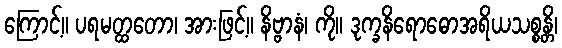
ကြောင့်။ ပရမတ္ထတော၊ အားဖြင့်။ နိဗ္ဗာနံ၊ ကို။ ဒုက္ခနိရောဓောအရိယသစ္စန္တိ၊